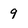
Character: 9